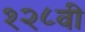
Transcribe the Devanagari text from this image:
१२८वी